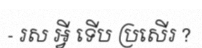
- រស អ្វី ទើប ប្រសើរ ?